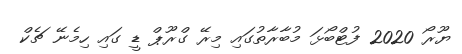
ޔޫރޯ 2020 ފުޓްބޯޅަ މުބާރާތުގައި މިރޭ ގްރޫޕް ޑީ ގައި ހިމެނޭ ޗެކް